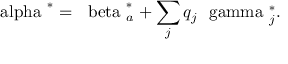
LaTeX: { \mathrm { \boldmath ~ \ a l p h a ~ } } ^ { * } = { \mathrm { \boldmath ~ \ b e t a ~ } } _ { a } ^ { * } + \sum _ { j } q _ { j } { \mathrm { \boldmath ~ \ g a m m a ~ } } _ { j } ^ { * } .